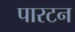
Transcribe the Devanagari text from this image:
पारटन